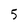
Character: 5